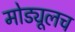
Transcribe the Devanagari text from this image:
मोड्यूलच